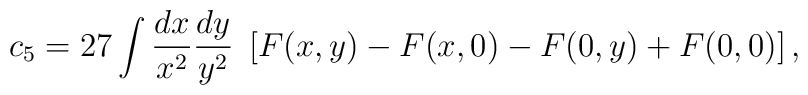
c_5 = 27\int \frac{dx}{x^2}  \frac{dy}{y^2}  \;\left[ F (x, y) -F (x, 0) -F (0, y) +F (0, 0) \right],